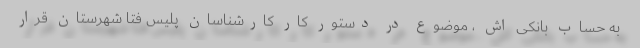
به حساب بانکی اش ، موضوع در دستور کار کارشناسان پلیس فتا شهرستان قرار